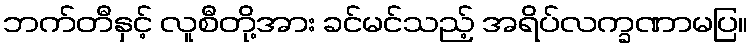
ဘက်တီနှင့် လူစီတို့အား ခင်မင်သည့် အရိပ်လက္ခဏာမပြ။